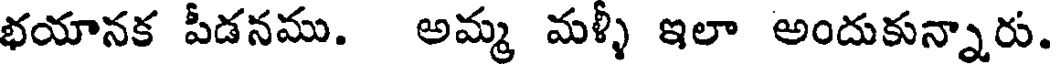
భయానక పీడనము. అమ్మ మళ్ళీ ఇలా అందుకున్నారు.